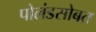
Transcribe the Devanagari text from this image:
पोलंडसोबत